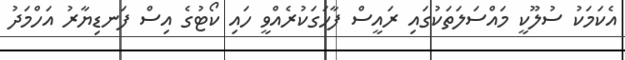
އެކަމަކު ސުލޫކީ މައްސަލަތަކުގައި ރައީސް ފާހަގަކުރެއްވީ ހައި ކޯޓުގެ އިސް ފަނޑިޔާރު އަހްމަދު